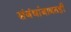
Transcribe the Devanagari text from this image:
संबंधांबाबतही